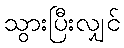
သွားပြီးလျှင်